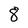
Character: 8